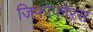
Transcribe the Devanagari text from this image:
जिफोफोरस